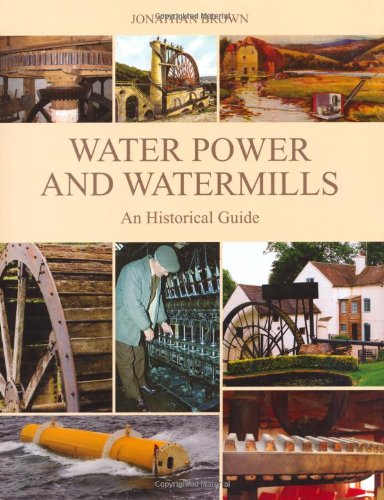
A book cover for Water Power and Watermills: An Historical Guide; Jonathan Brown; Science & Math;